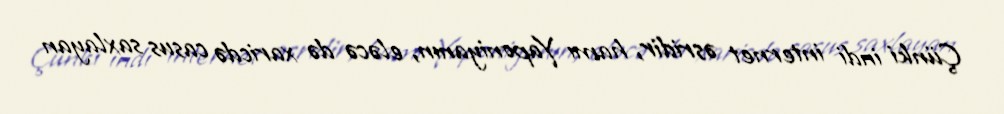
Çünki indi internet əsridir, hamı Yaponiyanın, eləcə də xaricdə casus saxlayan